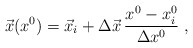
\begin{align*}\vec{x}(x^0)=\vec{x}_i+\Delta\vec{x}\,\frac{x^0-x^0_i}{\Delta x^0}\ ,\end{align*}